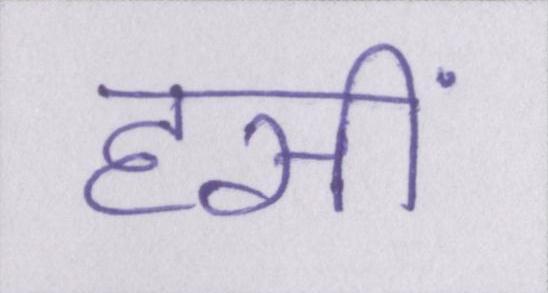
हसीं